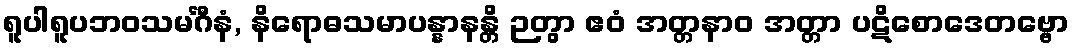
ရူပါရူပဘဝသမင်္ဂီနံ, နိရောဓသမာပန္နာနန္တိ ဉတွာ ဧဝံ အတ္တနာဝ အတ္တာ ပဋိစောဒေတဗ္ဗော